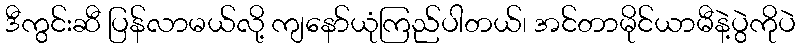
ဒီကွင်းဆီ ပြန်လာမယ်လို့ ကျနော်ယုံကြည်ပါတယ်၊ အင်တာမိုင်ယာမီနဲ့ပွဲကိုပဲ